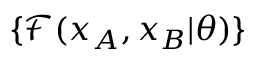
\{ \mathcal { F } ( x _ { A } , x _ { B } \vert \theta ) \}